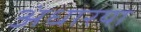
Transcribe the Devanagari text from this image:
अंधारया